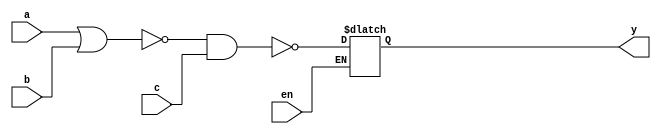
module latch_blk(en, a, b, c, y);

input en, a, b, c;
output y;
reg m, y;

always @(en or a or b or c) begin
	if(en) begin
		m = ~(a|b);
		y = ~(m&c);
	end
end
endmodule

module latch_nonblk(en, a, b, c, y);

input en, a, b, c;
output y;
reg m, y;

always @(en or a or b or c) begin
	if(en) begin
		m <= ~(a|b);
		y <= ~(m&c);
	end
end
endmodule